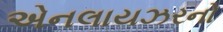
એનલાયઝરનો